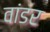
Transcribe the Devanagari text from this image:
वांडर